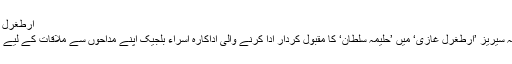
ارطغرل غازی کی حلیمہ سلطان پاکستان آنے کے لئے بیتاب
پاکستان میں ترکی کی حالیہ مشہور ہونے والی ڈرامہ سیریز ’ارطغرل غازی‘ میں ’حلیمہ سلطان‘ کا مقبول کردار ادا کرنے والی اداکارہ اسراء بلجیک اپنے مداحوں سے ملاقات کے لیے پاکستان کا دورہ کرنے کی خواہش کا اظہار کیا ہے۔